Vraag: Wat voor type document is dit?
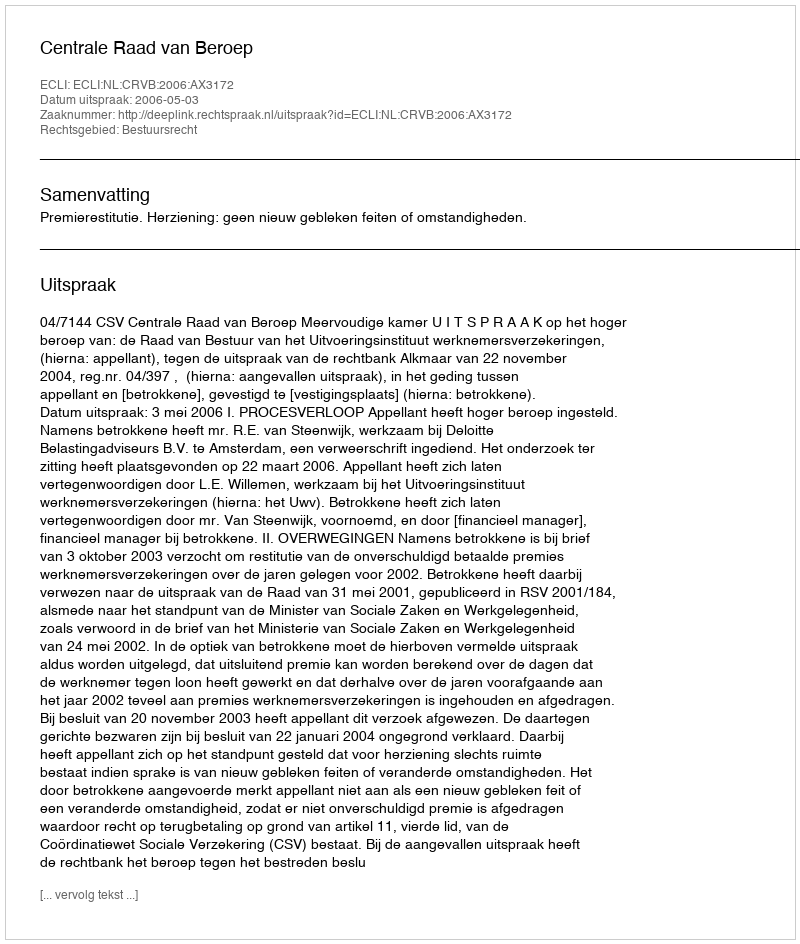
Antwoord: Uitspraak